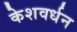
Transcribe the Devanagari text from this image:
केशवर्धन